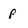
Character: p